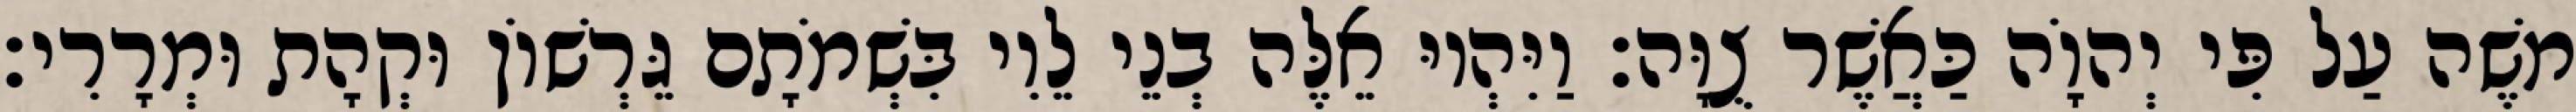
משֶׁה עַל פִּי יְהוָֹה כַּאֲשֶׁר צֻוָּה׃ וַיִּהְיוּ אֵלֶּה בְנֵי לֵוִי בִּשְׁמֹתָם גֵּרְשׁוֹן וּקְהָת וּמְרָרִי׃